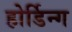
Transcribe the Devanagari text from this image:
होर्डिन्ग